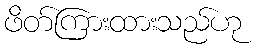
ဖိတ်ကြားထားသည်ဟု